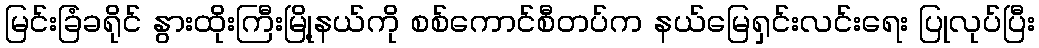
မြင်းခြံခရိုင် နွားထိုးကြီးမြို့နယ်ကို စစ်ကောင်စီတပ်က နယ်မြေရှင်းလင်းရေး ပြုလုပ်ပြီး